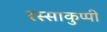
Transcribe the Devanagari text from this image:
रस्साकुप्पी